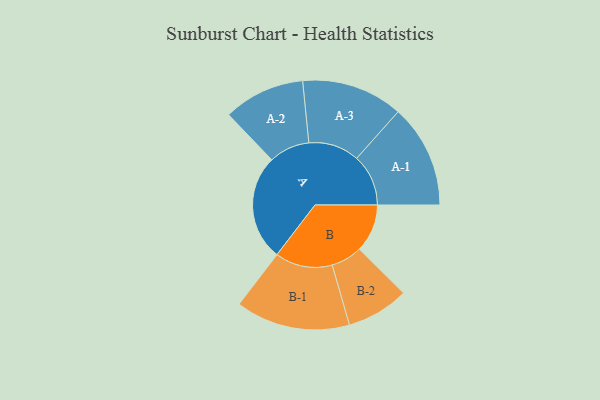
{"axis": {"x": "Segment", "y": "Value"}, "legend": ["", "A", "B"], "data": [{"x": "A", "y": 454, "type": ""}, {"x": "B", "y": 206, "type": ""}, {"x": "A-1", "y": 222, "type": "A"}, {"x": "A-2", "y": 175, "type": "A"}, {"x": "A-3", "y": 218, "type": "A"}, {"x": "B-1", "y": 246, "type": "B"}, {"x": "B-2", "y": 134, "type": "B"}]}